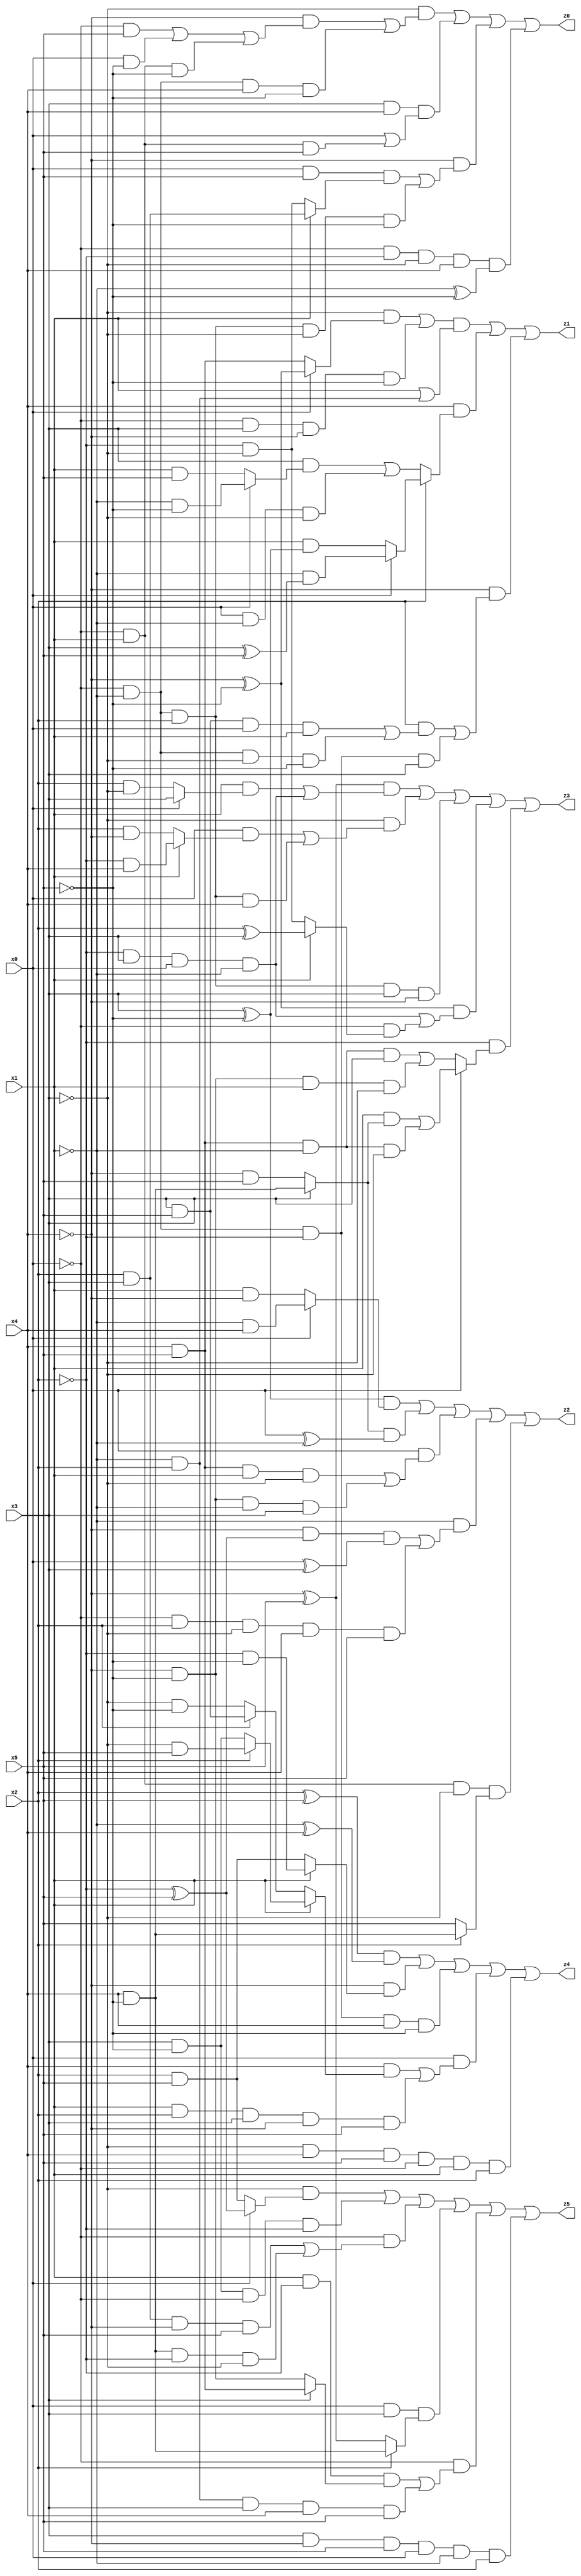
// Benchmark "X_25" written by ABC on Wed Jun 07 23:37:11 2023

module X_25 ( 
    x0, x1, x2, x3, x4, x5,
    z0, z1, z2, z3, z4, z5  );
  input  x0, x1, x2, x3, x4, x5;
  output z0, z1, z2, z3, z4, z5;
  assign z0 = (~x3 & ((~x4 & ((~x0 & x5) | (x0 & ~x5) | (~x0 & x1 & ~x5))) | (~x0 & ~x1 & x4 & ~x5))) | (x3 & x4 & (x0 | (~x0 & x1 & x5))) | (~x4 & ((x0 & x5 & (x1 ? (x2 & x3) : (~x2 & ~x3))) | (~x0 & ~x1 & x2 & ~x3 & ~x5))) | (~x0 & ~x2 & ~x3 & x4 & (~x1 ^ ~x5));
  assign z1 = (((~x3 & (x0 ? (~x4 ^ ~x5) : (x4 & x5))) | (~x0 & x3 & ~x4 & ~x5)) & (x1 | (~x1 & x2))) | (x4 & (x2 ? (x0 ? (~x1 & (x3 ^ x5)) : (x1 & (x3 ^ ~x5))) : ((x3 & (x0 ? (~x1 & ~x5) : (x1 & x5))) | (x0 & ~x1 & ~x3)))) | (~x4 & ((x2 & ((x3 & x5 & x0 & x1) | (~x0 & ~x1 & ~x3 & ~x5))) | (~x0 & ~x1 & ~x2 & x3)));
  assign z2 = ((x3 ^ ~x5) & (x0 ? (~x1 & x4) : (x1 & ~x4))) | ((x3 ? (x4 & ~x5) : (~x4 & x5)) & (x0 ^ ~x1)) | (x0 & ((x4 & x5 & x1 & ~x3) | (~x4 & ~x5 & ~x1 & x3))) | (~x1 & ((~x4 & (~x2 ^ x5) & (x0 ^ x3)) | (~x0 & x2 & ~x3 & x4 & x5))) | (~x0 & x1 & ~x3 & (x2 ? (x4 & ~x5) : x5));
  assign z3 = ((~x4 ^ x5) & ((x1 & (x0 ? x3 : (x2 & ~x3))) | (~x2 & x3 & x0 & ~x1))) | (~x3 & ((x0 & (x1 ? (~x2 & x4) : (x2 & ~x4))) | (~x0 & ~x1 & x2 & x4))) | (~x0 & ~x1 & x2 & x3 & ~x4) | ((~x4 ^ ~x5) & ((~x2 & x3 & x0 & ~x1) | (~x0 & (x1 ? (x2 ^ x3) : (~x2 & ~x3))))) | (~x2 & (x0 ? ((x1 & (x3 ? (x4 & ~x5) : (~x4 & x5))) | (x4 & x5 & ~x1 & ~x3)) : ((x4 & x5 & ~x1 & x3) | (~x4 & ~x5 & x1 & ~x3))));
  assign z4 = ((x2 ^ x5) & (~x1 ^ x4)) | (~x4 & (x1 ? (~x2 & ~x5) : (x2 & x5))) | (~x0 & ~x1 & ~x2 & x4 & ~x5) | (x0 & ((x4 & (x1 ? (x2 ? (~x3 & x5) : (x3 & ~x5)) : (x2 ? (x3 & x5) : (~x3 & ~x5)))) | (x1 & x2 & x3 & ~x4 & x5))) | (~x3 & x4 & x5 & ~x0 & x1 & x2);
  assign z5 = (~x3 & (x0 ? (~x2 ^ x5) : (x2 & x5))) | (x3 & ~x5 & ~x0 & ~x2) | (~x0 & ((x2 & x3 & ~x4 & x5) | (x4 & ~x5 & ~x2 & ~x3))) | (x0 & x3 & (x2 ? (x4 & ~x5) : (~x4 ^ x5))) | (~x0 & ((x1 & ~x2 & (x3 ? (x4 & x5) : (~x4 & ~x5))) | (~x1 & x2 & x3 & x4 & x5))) | (x3 & ~x4 & x5 & x0 & ~x1 & x2);
endmodule